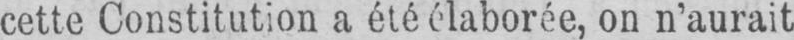
cette Constitution a été élaborée, on n’aurait